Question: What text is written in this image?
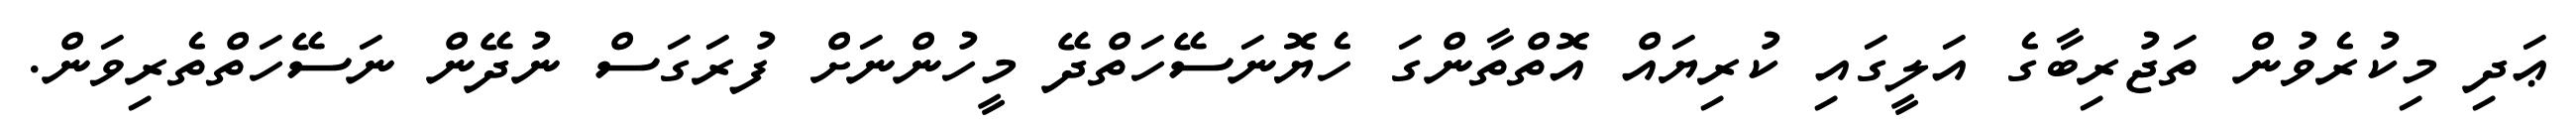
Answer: ޢަދި މިކުރެވުން ތަޖުރިބާގެ އަލީގައި ކުރިޔައް އޮތްތާންގަ ހެޔޮނަސޭހަތްދޭ މީހުންނަށް ފުރަގަސް ނުދޭން ނަސޭހަތްތެރިވަން.